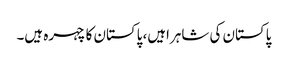
پاکستان کی شاہراہیں، پاکستان کا چہرہ ہیں۔